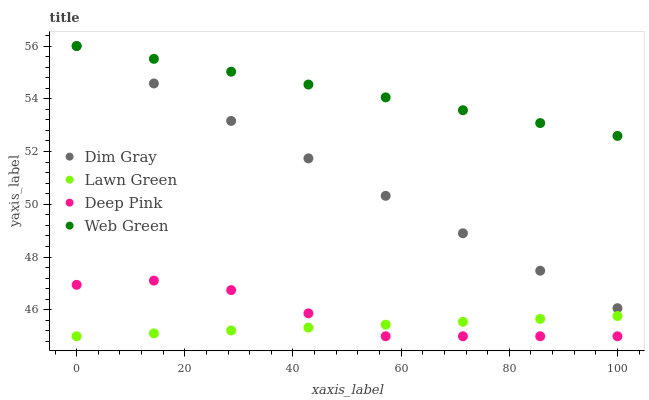
| xaxis_label | Dim Gray | Lawn Green | Deep Pink | Web Green |
 | --- | --- | --- | --- | --- |
 | 0 | 56 | 45 | 46.9 | 56 |
 | 14.3 | 54.6 | 45.1 | 47.1 | 55.5 |
 | 28.6 | 53.2 | 45.2 | 46.7 | 55 |
 | 42.9 | 51.7 | 45.3 | 45.9 | 54.5 |
 | 57.1 | 50.3 | 45.4 | 45 | 54.1 |
 | 71.4 | 48.9 | 45.5 | 45 | 53.6 |
 | 85.7 | 47.5 | 45.7 | 45 | 53.1 |
 | 100 | 46.1 | 45.8 | 45 | 52.6 |